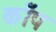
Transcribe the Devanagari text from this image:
कॉँप